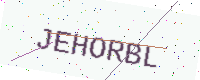
Text: JEHORBL